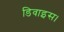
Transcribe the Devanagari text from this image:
डिवाइस।